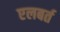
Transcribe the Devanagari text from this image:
एलबर्त